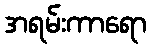
အရမ်းကာရော